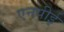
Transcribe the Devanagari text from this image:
एनपीई